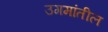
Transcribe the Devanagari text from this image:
उगमांतील